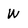
Character: W